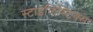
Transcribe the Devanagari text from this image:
स्टाइलिस्टिक्स